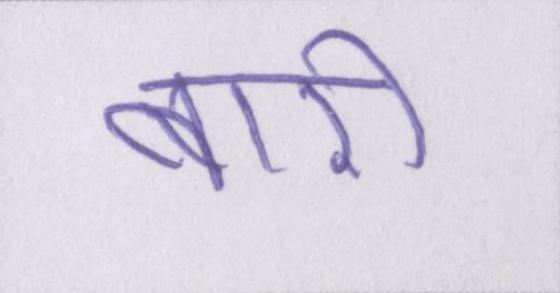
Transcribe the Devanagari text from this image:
बारी